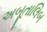
અબૂતાલિબ